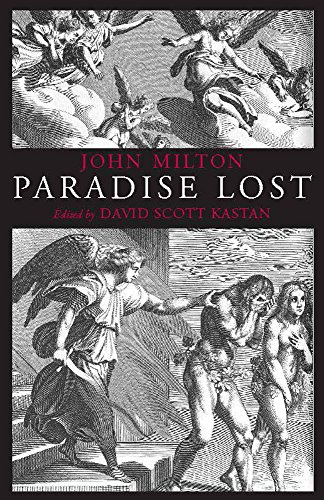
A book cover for Paradise Lost (Hackett Classics); John Milton; Literature & Fiction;